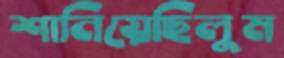
শানিয়েছিলুম